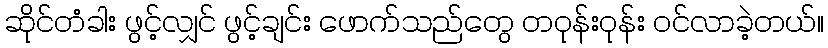
ဆိုင်တံခါး ဖွင့်လျှင် ဖွင့်ချင်း ဖောက်သည်တွေ တဝုန်းဝုန်း ဝင်လာခဲ့တယ်။